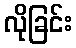
လိုခြင်း